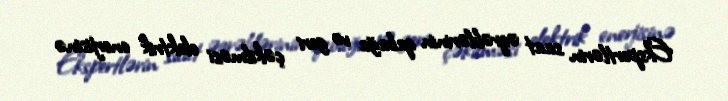
Ekspertlərin saat əqrəblərinin qabağa və geri çəkilməsi elektrik enerjisinə